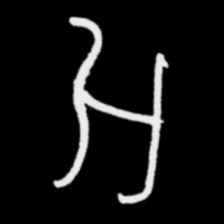
Pyu character \u2014 Myanmar letter: အ (romanized: a)